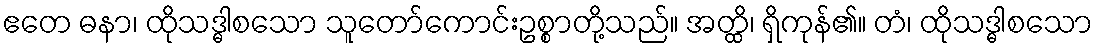
ဧတေ ဓနာ၊ ထိုသဒ္ဓါစသော သူတော်ကောင်းဥစ္စာတို့သည်။ အတ္ထိ၊ ရှိကုန်၏။ တံ၊ ထိုသဒ္ဓါစသော